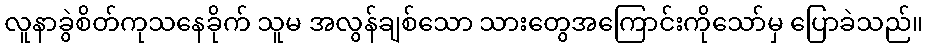
လူနာခွဲစိတ်ကုသနေခိုက် သူမ အလွန်ချစ်သော သားတွေအကြောင်းကိုသော်မှ ပြောခဲသည်။